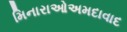
મિનારાઓઅમદાવાદ